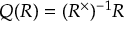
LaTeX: Q ( R ) = ( R ^ { \times } ) ^ { - 1 } R